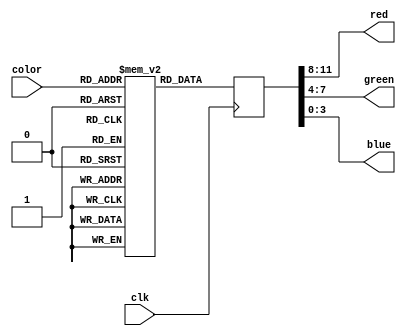
`timescale 1ns / 1ps
//////////////////////////////////////////////////////////////////////////////////
//  Copyright 2013-2016 Istvan Hegedus
//
//  FPGATED is free software: you can redistribute it and/or modify
//  it under the terms of the GNU General Public License as published by
//  the Free Software Foundation, either version 3 of the License, or
//  (at your option) any later version.
//
//  FPGATED is distributed in the hope that it will be useful,
//  but WITHOUT ANY WARRANTY; without even the implied warranty of
//  MERCHANTABILITY or FITNESS FOR A PARTICULAR PURPOSE.  See the
//  GNU General Public License for more details.
//
//  You should have received a copy of the GNU General Public License
//  along with this program.  If not, see <http://www.gnu.org/licenses/>. 
//
// Design Name: 	 Commodore Plus/4 color value conversion to 12bit RGB values 
// Module Name:    colors_to_rgb.v 
// Project Name:   FPGATED
// Target Devices: Xilinx Spartan 3E
//
// Description: 	
// 	Converts TED's 7 bit color codes to 12 bit RGB values used by video DAC.
//		12 bit DAC values from Jozsef Laszlo
//
// Revisions: 
// Revision 0.1 - File Created 
//
//////////////////////////////////////////////////////////////////////////////////
module colors_to_rgb(
	 input clk,
    input [6:0] color,
    output [3:0] red,
    output [3:0] green,
    output [3:0] blue
    );
reg [11:0] color_lut [127:0];
reg [11:0] rgbcolor;

initial
	begin
	color_lut[0]=12'b0000_0000_0000;
	color_lut[1]=12'b0010_0010_0010;
	color_lut[2]=12'b0101_0000_0000;
	color_lut[3]=12'b0000_0011_0011;
	color_lut[4]=12'b0100_0000_0101;
	color_lut[5]=12'b0000_0100_0000;
	color_lut[6]=12'b0001_0001_0111;
	color_lut[7]=12'b0010_0010_0000;
	color_lut[8]=12'b0100_0001_0000;
	color_lut[9]=12'b0011_0010_0000;
	color_lut[10]=12'b0001_0011_0000;
	color_lut[11]=12'b0101_0000_0010;
	color_lut[12]=12'b0000_0011_0001;
	color_lut[13]=12'b0000_0010_0110;
	color_lut[14]=12'b0001_0001_0111;
	color_lut[15]=12'b0000_0011_0000;
	color_lut[16]=12'b0000_0000_0000;
	color_lut[17]=12'b0010_0010_0010;
	color_lut[18]=12'b0110_0001_0001;
	color_lut[19]=12'b0000_0100_0100;
	color_lut[20]=12'b0101_0000_0110;
	color_lut[21]=12'b0000_0100_0000;
	color_lut[22]=12'b0010_0010_1000;
	color_lut[23]=12'b0011_0011_0000;
	color_lut[24]=12'b0101_0010_0000;
	color_lut[25]=12'b0100_0010_0000;
	color_lut[26]=12'b0010_0100_0000;
	color_lut[27]=12'b0110_0001_0011;
	color_lut[28]=12'b0000_0100_0010;
	color_lut[29]=12'b0000_0011_0111;
	color_lut[30]=12'b0010_0001_1000;
	color_lut[31]=12'b0001_0100_0000;
	color_lut[32]=12'b0000_0000_0000;
	color_lut[33]=12'b0011_0011_0011;
	color_lut[34]=12'b0110_0010_0010;
	color_lut[35]=12'b0000_0101_0101;
	color_lut[36]=12'b0110_0001_0111;
	color_lut[37]=12'b0000_0101_0000;
	color_lut[38]=12'b0010_0011_1001;
	color_lut[39]=12'b0100_0100_0000;
	color_lut[40]=12'b0110_0010_0000;
	color_lut[41]=12'b0101_0011_0000;
	color_lut[42]=12'b0010_0101_0000;
	color_lut[43]=12'b0110_0001_0100;
	color_lut[44]=12'b0000_0101_0011;
	color_lut[45]=12'b0001_0011_1000;
	color_lut[46]=12'b0011_0010_1001;
	color_lut[47]=12'b0001_0101_0000;
	color_lut[48]=12'b0000_0000_0000;
	color_lut[49]=12'b0100_0100_0100;
	color_lut[50]=12'b0111_0011_0011;
	color_lut[51]=12'b0001_0110_0110;
	color_lut[52]=12'b0111_0010_1000;
	color_lut[53]=12'b0001_0110_0010;
	color_lut[54]=12'b0100_0100_1010;
	color_lut[55]=12'b0101_0101_0000;
	color_lut[56]=12'b0111_0100_0001;
	color_lut[57]=12'b0110_0100_0000;
	color_lut[58]=12'b0011_0110_0000;
	color_lut[59]=12'b0111_0011_0101;
	color_lut[60]=12'b0001_0110_0100;
	color_lut[61]=12'b0010_0100_1001;
	color_lut[62]=12'b0100_0011_1010;
	color_lut[63]=12'b0011_0110_0000;
	color_lut[64]=12'b0000_0000_0000;
	color_lut[65]=12'b0110_0110_0110;
	color_lut[66]=12'b1010_0101_0101;
	color_lut[67]=12'b0011_1000_1000;
	color_lut[68]=12'b1001_0100_1010;
	color_lut[69]=12'b0100_1000_0100;
	color_lut[70]=12'b0110_0110_1100;
	color_lut[71]=12'b0111_0111_0001;
	color_lut[72]=12'b1001_0110_0011;
	color_lut[73]=12'b1000_0110_0010;
	color_lut[74]=12'b0110_1000_0001;
	color_lut[75]=12'b1010_0101_0111;
	color_lut[76]=12'b0011_1000_0110;
	color_lut[77]=12'b0100_0111_1011;
	color_lut[78]=12'b0110_0101_1100;
	color_lut[79]=12'b0101_1000_0010;
	color_lut[80]=12'b0000_0000_0000;
	color_lut[81]=12'b1000_1000_1000;
	color_lut[82]=12'b1011_0111_0111;
	color_lut[83]=12'b0101_1001_1001;
	color_lut[84]=12'b1011_0110_1011;
	color_lut[85]=12'b0101_1010_0101;
	color_lut[86]=12'b0111_0111_1110;
	color_lut[87]=12'b1001_1001_0010;
	color_lut[88]=12'b1011_0111_0101;
	color_lut[89]=12'b1010_1000_0011;
	color_lut[90]=12'b0111_1001_0010;
	color_lut[91]=12'b1011_0110_1001;
	color_lut[92]=12'b0101_1010_1000;
	color_lut[93]=12'b0110_1000_1101;
	color_lut[94]=12'b1000_0111_1110;
	color_lut[95]=12'b0110_1010_0011;
	color_lut[96]=12'b0000_0000_0000;
	color_lut[97]=12'b1011_1011_1011;
	color_lut[98]=12'b1110_1001_1001;
	color_lut[99]=12'b1000_1100_1100;
	color_lut[100]=12'b1101_1001_1110;
	color_lut[101]=12'b1000_1101_1000;
	color_lut[102]=12'b1010_1010_1111;
	color_lut[103]=12'b1011_1011_0101;
	color_lut[104]=12'b1101_1010_1000;
	color_lut[105]=12'b1100_1011_0110;
	color_lut[106]=12'b1010_1100_0101;
	color_lut[107]=12'b1110_1001_1011;
	color_lut[108]=12'b0111_1100_1010;
	color_lut[109]=12'b1001_1011_1111;
	color_lut[110]=12'b1010_1010_1111;
	color_lut[111]=12'b1001_1100_0110;
	color_lut[112]=12'b0000_0000_0000;
	color_lut[113]=12'b1110_1110_1110;
	color_lut[114]=12'b1111_1101_1101;
	color_lut[115]=12'b1011_1111_1111;
	color_lut[116]=12'b1111_1100_1111;
	color_lut[117]=12'b1100_1111_1100;
	color_lut[118]=12'b1110_1110_1111;
	color_lut[119]=12'b1111_1111_1001;
	color_lut[120]=12'b1111_1110_1011;
	color_lut[121]=12'b1111_1110_1010;
	color_lut[122]=12'b1110_1111_1001;
	color_lut[123]=12'b1111_1101_1111;
	color_lut[124]=12'b1011_1111_1110;
	color_lut[125]=12'b1100_1110_1111;
	color_lut[126]=12'b1110_1101_1111;
	color_lut[127]=12'b1101_1111_1010;
	end

always @(posedge clk)
	begin
	rgbcolor<=color_lut[color];
	end
	
assign red=rgbcolor[11:8];
assign green=rgbcolor[7:4];
assign blue=rgbcolor[3:0];

endmodule